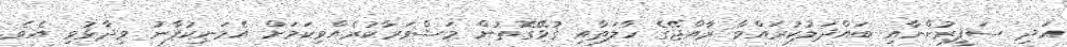
އަދި ސަފީރުންނާއި ބައްދަލުކުރައްވާ ރާއްޖޭގެ ހާލަތާއި ގުޅޭގޮތުން މަޝްވަރާކުރެއްވިކަމަށް އެމަނިކުފާނު ވިދާޅުވި އެވެ.